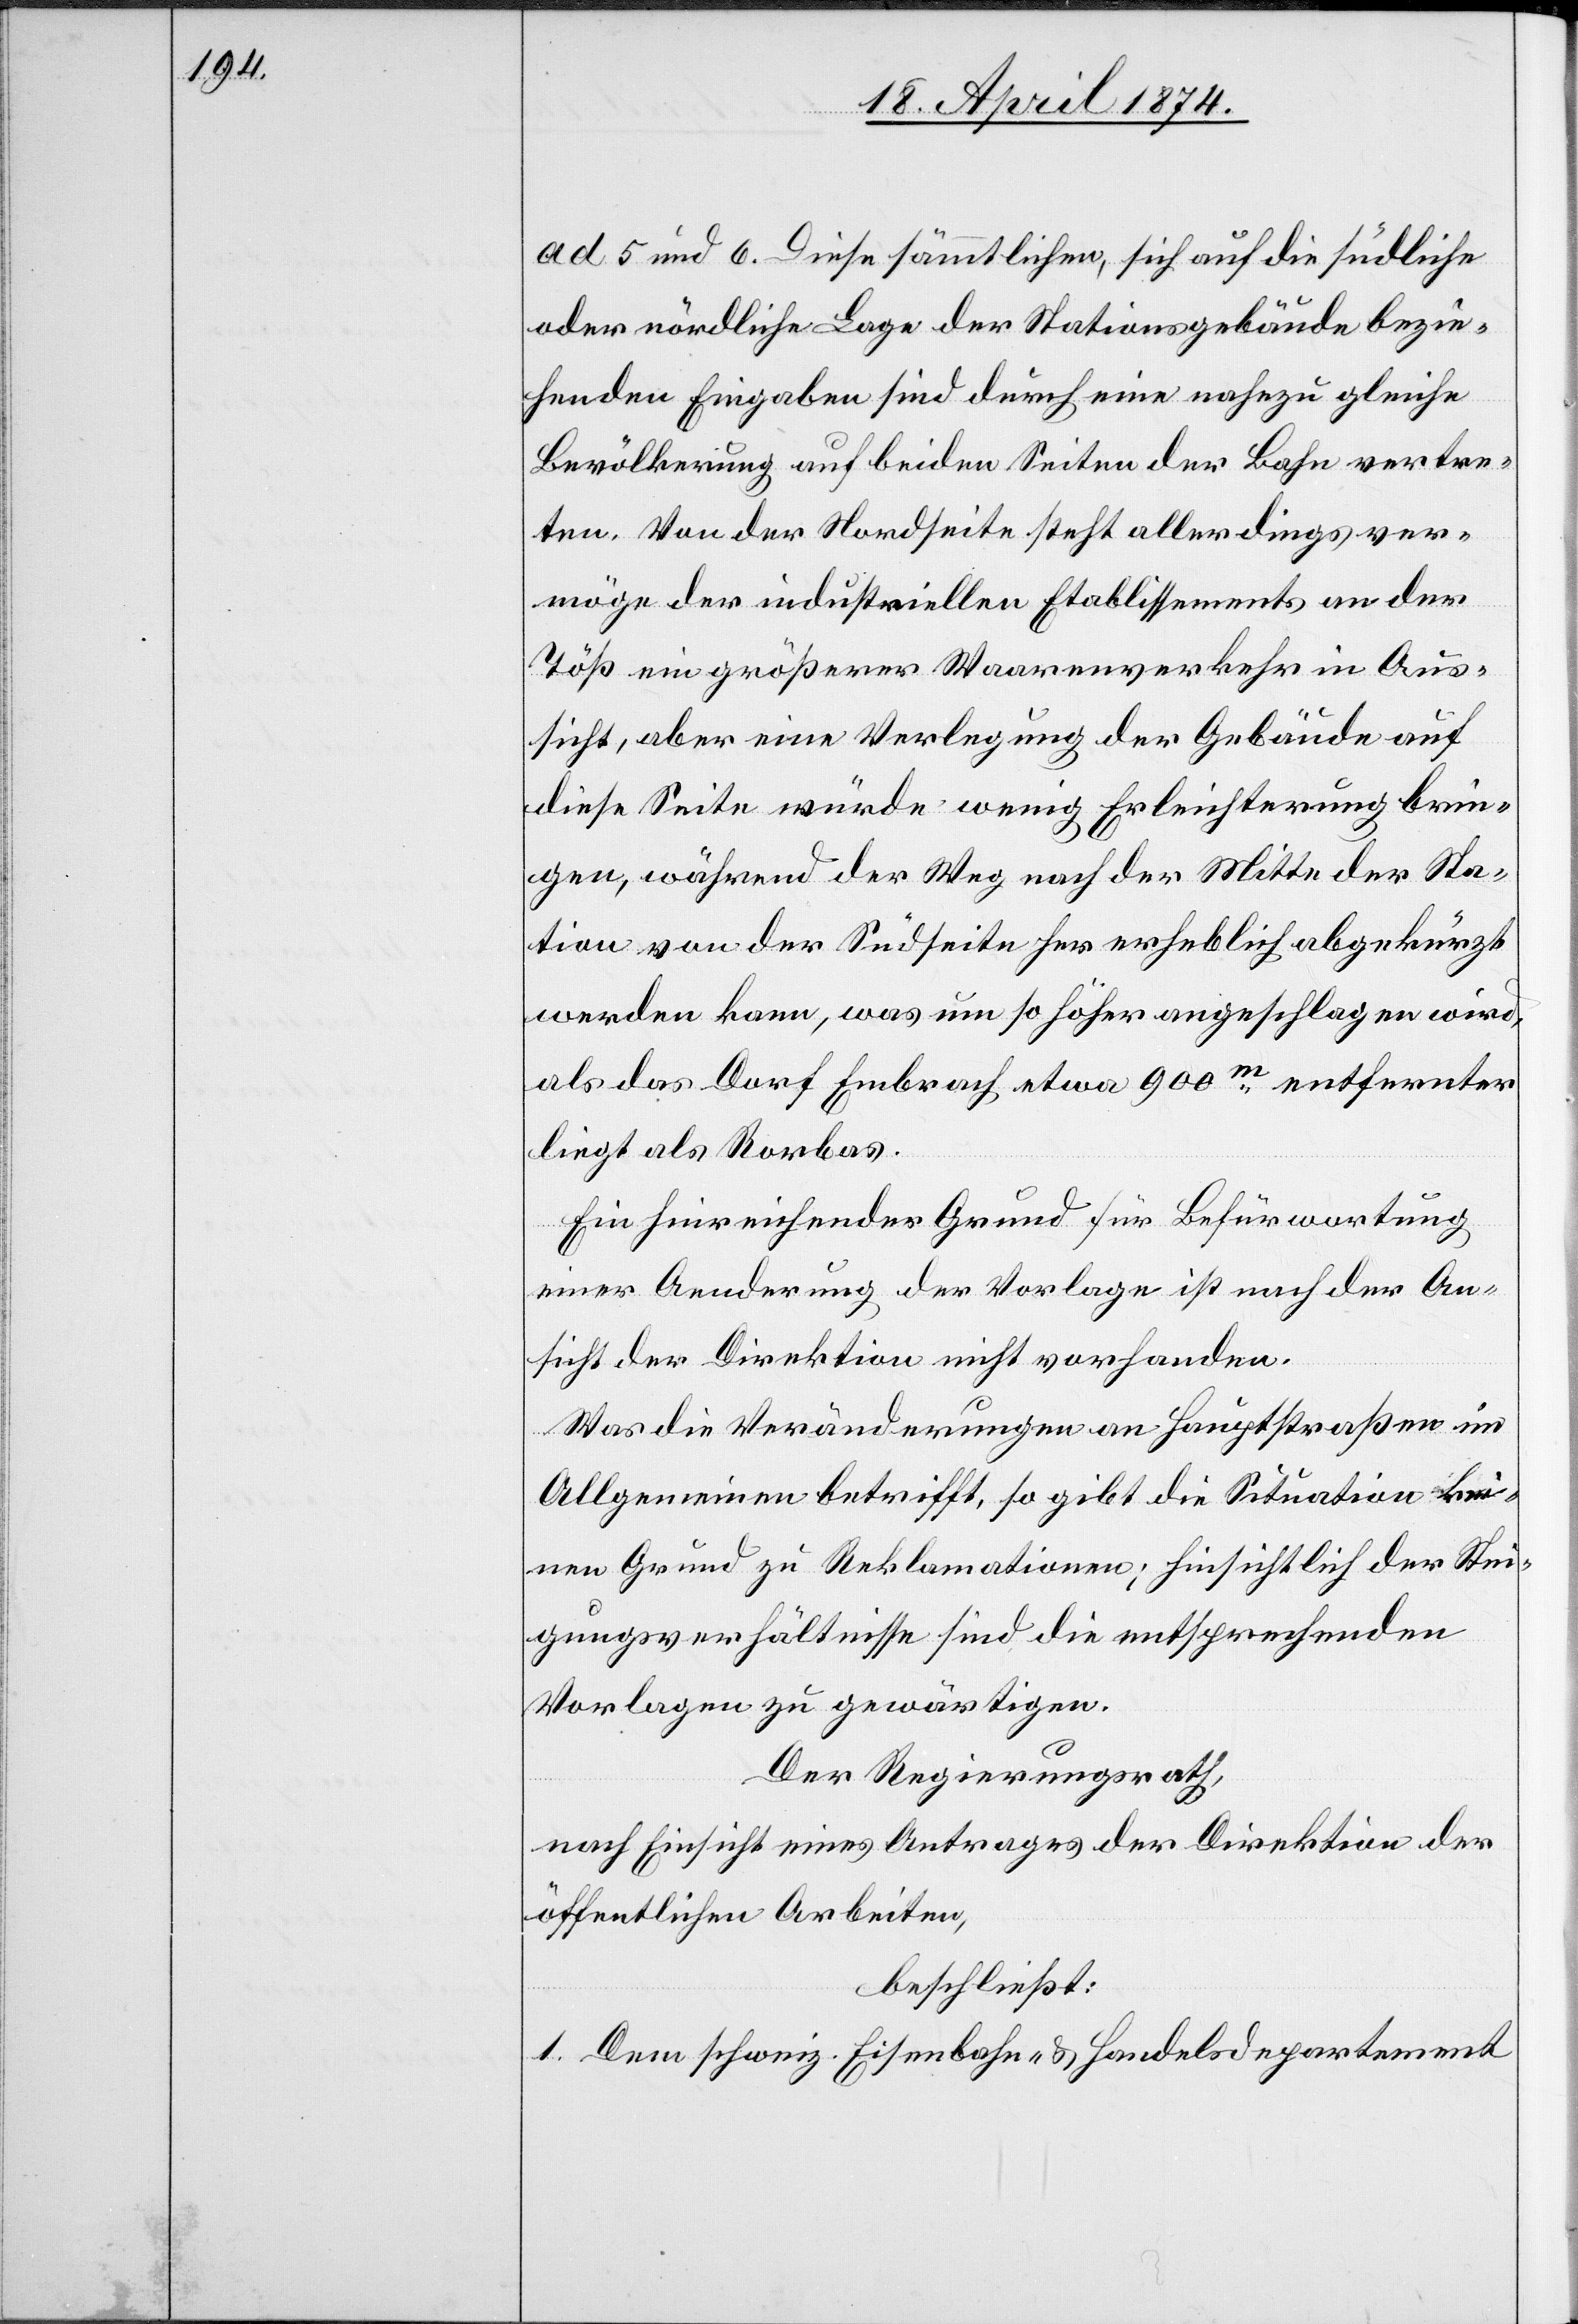
ad 5 und 6. Diese sämmtlichen, sich auf die südliche
oder nördliche Lage der Stationsgebäude bezie¬
henden Eingaben sind durch eine nahezu gleiche
Bevölkerung auf beiden Seiten der Bahn vertre¬
ten. Von der Nordseite steht allerdings ver¬
möge der industriellen Etablissements an der
Töß ein größerer Waarenverkehr in Aus¬
sicht, aber eine Verlegung der Gebäude auf
diese Seite würde wenig Erleichterung brin¬
gen, während der Weg nach der Mitte der Sta¬
tion von der Südseite her erheblich abgekürzt
werden kann, was um so höher angeschlagen wird,
als das Dorf Embrach etwa 900m entfernter
liegt als Rorbas.
Ein hinreichender Grund für Befürwortung
einer Aenderung der Vorlage ist nach der An¬
sicht der Direktion nicht vorhanden.
Was die Veränderungen an Hauptstraßen im
Allgemeinen betrifft, so gibt die Situation kei¬
nen Grund zu Reklamationen; hinsichtlich der Stei¬
gungsverhältnisse sind die entsprechenden
Vorlagen zu gewärtigen.
Der Regierungsrath,
nach Einsicht eines Antrages der Direktion der
öffentlichen Arbeiten,
beschließt:
I. Dem schweiz. Eisenbahn- u. Handelsdepartement